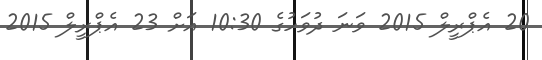
20 އެޕްރީލް 2015 ވަނަ ދުވަހުގެ 10:30 އަށް 23 އެޕްރީލް 2015